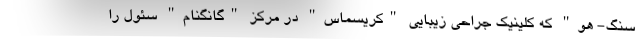
سنگ- هو" که کلینیک جراحی زیبایی "کریسماس" در مرکز "گانگنام" سئول را